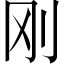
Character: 刚